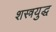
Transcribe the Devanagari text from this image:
शस्त्रयुद्ध